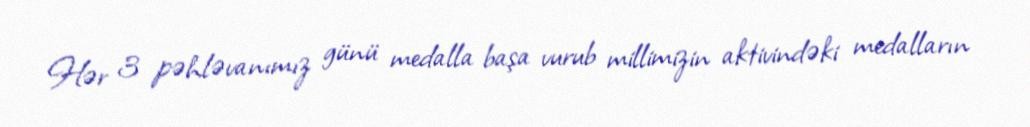
Hər 3 pəhləvanımız günü medalla başa vurub millimizin aktivindəki medalların